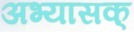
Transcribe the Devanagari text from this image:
अभ्यासक्